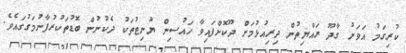
ކުރިގަމު އަވަށު ގާދޫ ރައްޔިތުން ދިރިއުޅުމަށް ދޫކޮށްފައިވާ ހައުސިން ޔުނިޓުތަކު ދެކުނުން ބޮޑުތަކުރުފާނުމަގުގައެވެ.